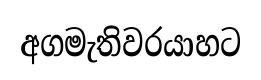
අගමැතිවරයාහට